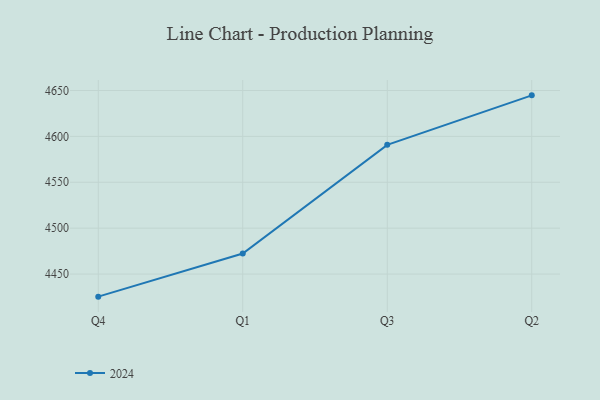
{"axis": {"x": "Quarter", "y": "Page Views"}, "legend": ["2024"], "data": [{"x": "Q4", "y": 4425.4, "type": "2024"}, {"x": "Q1", "y": 4472.4, "type": "2024"}, {"x": "Q3", "y": 4590.8, "type": "2024"}, {"x": "Q2", "y": 4644.7, "type": "2024"}]}